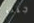
جنت